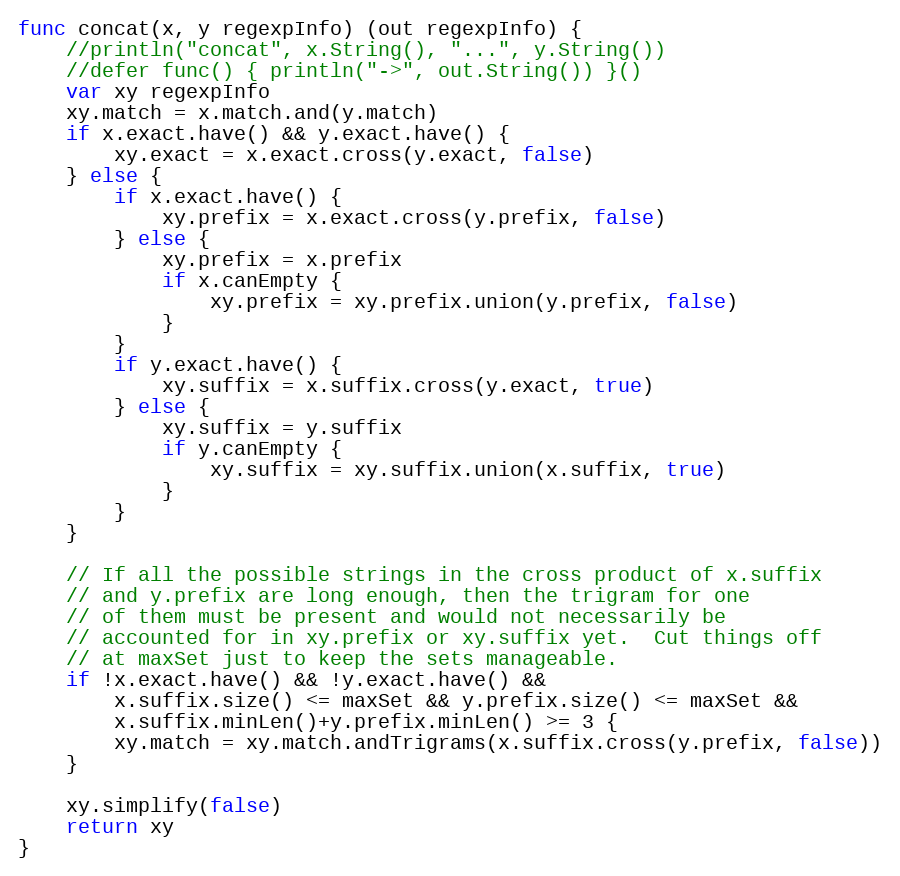
Language: Go
func concat(x, y regexpInfo) (out regexpInfo) {
	//println("concat", x.String(), "...", y.String())
	//defer func() { println("->", out.String()) }()
	var xy regexpInfo
	xy.match = x.match.and(y.match)
	if x.exact.have() && y.exact.have() {
		xy.exact = x.exact.cross(y.exact, false)
	} else {
		if x.exact.have() {
			xy.prefix = x.exact.cross(y.prefix, false)
		} else {
			xy.prefix = x.prefix
			if x.canEmpty {
				xy.prefix = xy.prefix.union(y.prefix, false)
			}
		}
		if y.exact.have() {
			xy.suffix = x.suffix.cross(y.exact, true)
		} else {
			xy.suffix = y.suffix
			if y.canEmpty {
				xy.suffix = xy.suffix.union(x.suffix, true)
			}
		}
	}

	// If all the possible strings in the cross product of x.suffix
	// and y.prefix are long enough, then the trigram for one
	// of them must be present and would not necessarily be
	// accounted for in xy.prefix or xy.suffix yet.  Cut things off
	// at maxSet just to keep the sets manageable.
	if !x.exact.have() && !y.exact.have() &&
		x.suffix.size() <= maxSet && y.prefix.size() <= maxSet &&
		x.suffix.minLen()+y.prefix.minLen() >= 3 {
		xy.match = xy.match.andTrigrams(x.suffix.cross(y.prefix, false))
	}

	xy.simplify(false)
	return xy
}